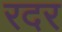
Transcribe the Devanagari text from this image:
रदर